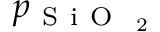
p _ { \mathrm { ~ S ~ i ~ O ~ } _ { \mathrm { ~ 2 ~ } } }